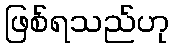
ဖြစ်ရသည်ဟု